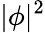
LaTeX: |\phi|^{2}